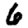
Digit: 6